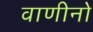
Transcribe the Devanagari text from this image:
वाणीनो